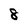
Character: 8